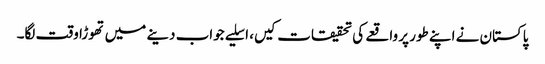
پاکستان نے اپنے طور پر واقعے کی تحقیقات کیں، اسلیے جواب دینے میں تھوڑا وقت لگا۔